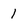
Character: 1